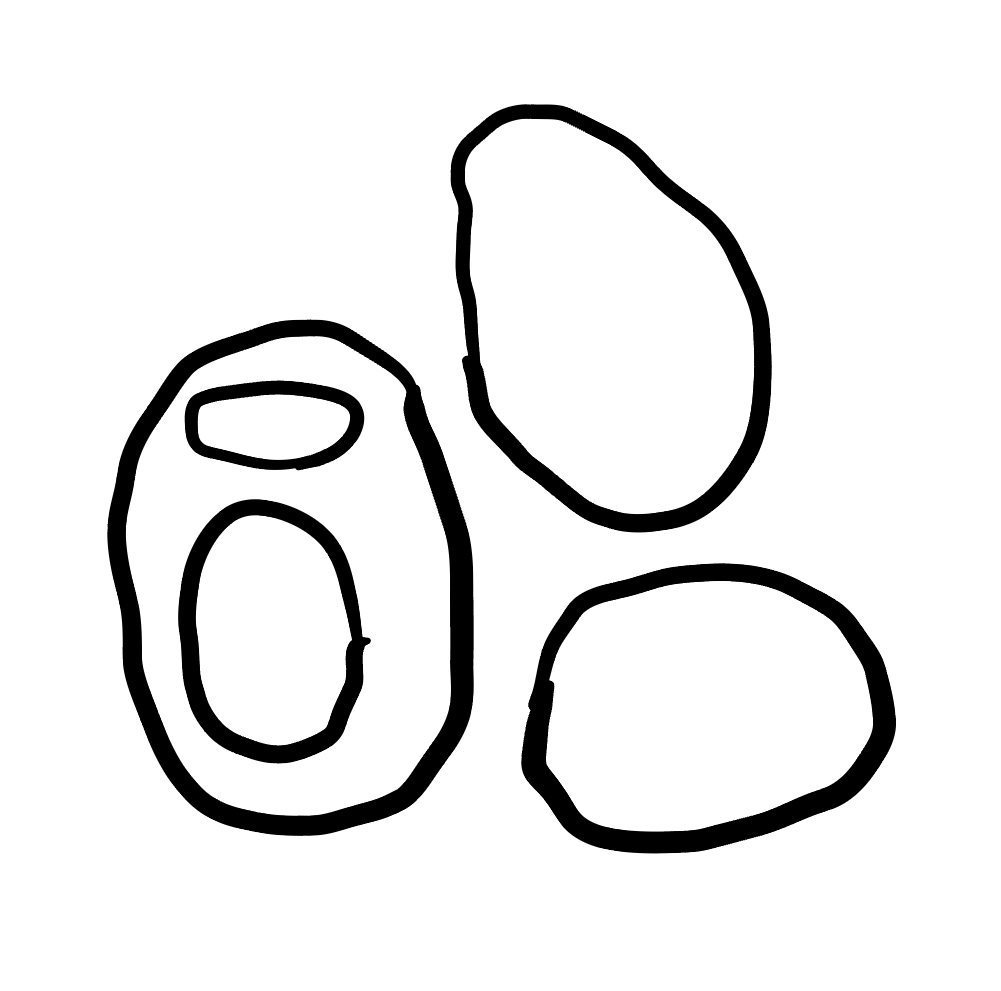
Number of regions (including the outer root region): 6
Containment tree edges (parent, child): 0, 1, 0, 2, 0, 5, 2, 3, 2, 4